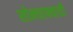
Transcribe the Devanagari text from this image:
सोनचाफ्याची